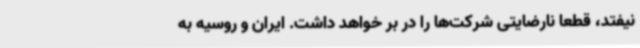
نیفتد، قطعا نارضایتی شرکت‌ها را در بر خواهد داشت. ایران و روسیه به